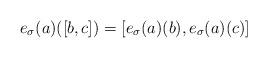
LaTeX: \begin{align*}e_\sigma(a)([b,c])=[e_\sigma(a)(b),e_\sigma(a)(c)]\end{align*}